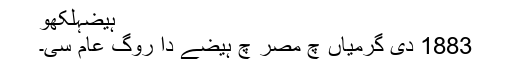
ہیضہلکھو
1883 دی گرمیاں چ مصر چ ہیضے دا روگ عام سی۔